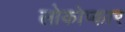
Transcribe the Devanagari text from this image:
लोकोप्कार